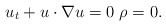
\begin{align*} u_t+ u\cdot \nabla u=0 \ \rho=0.\end{align*}